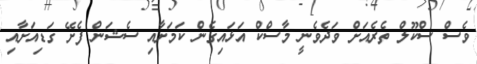
ވެސް ސްކޫލް ތެރެއަށް ވަދެވެނީ މާސްކް އަޅައިގެން ކަމަށާއި ސެޝަން ފެށޭ ގަޑިއަށާއި